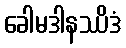
ခေါမဒါနဿိဒံ